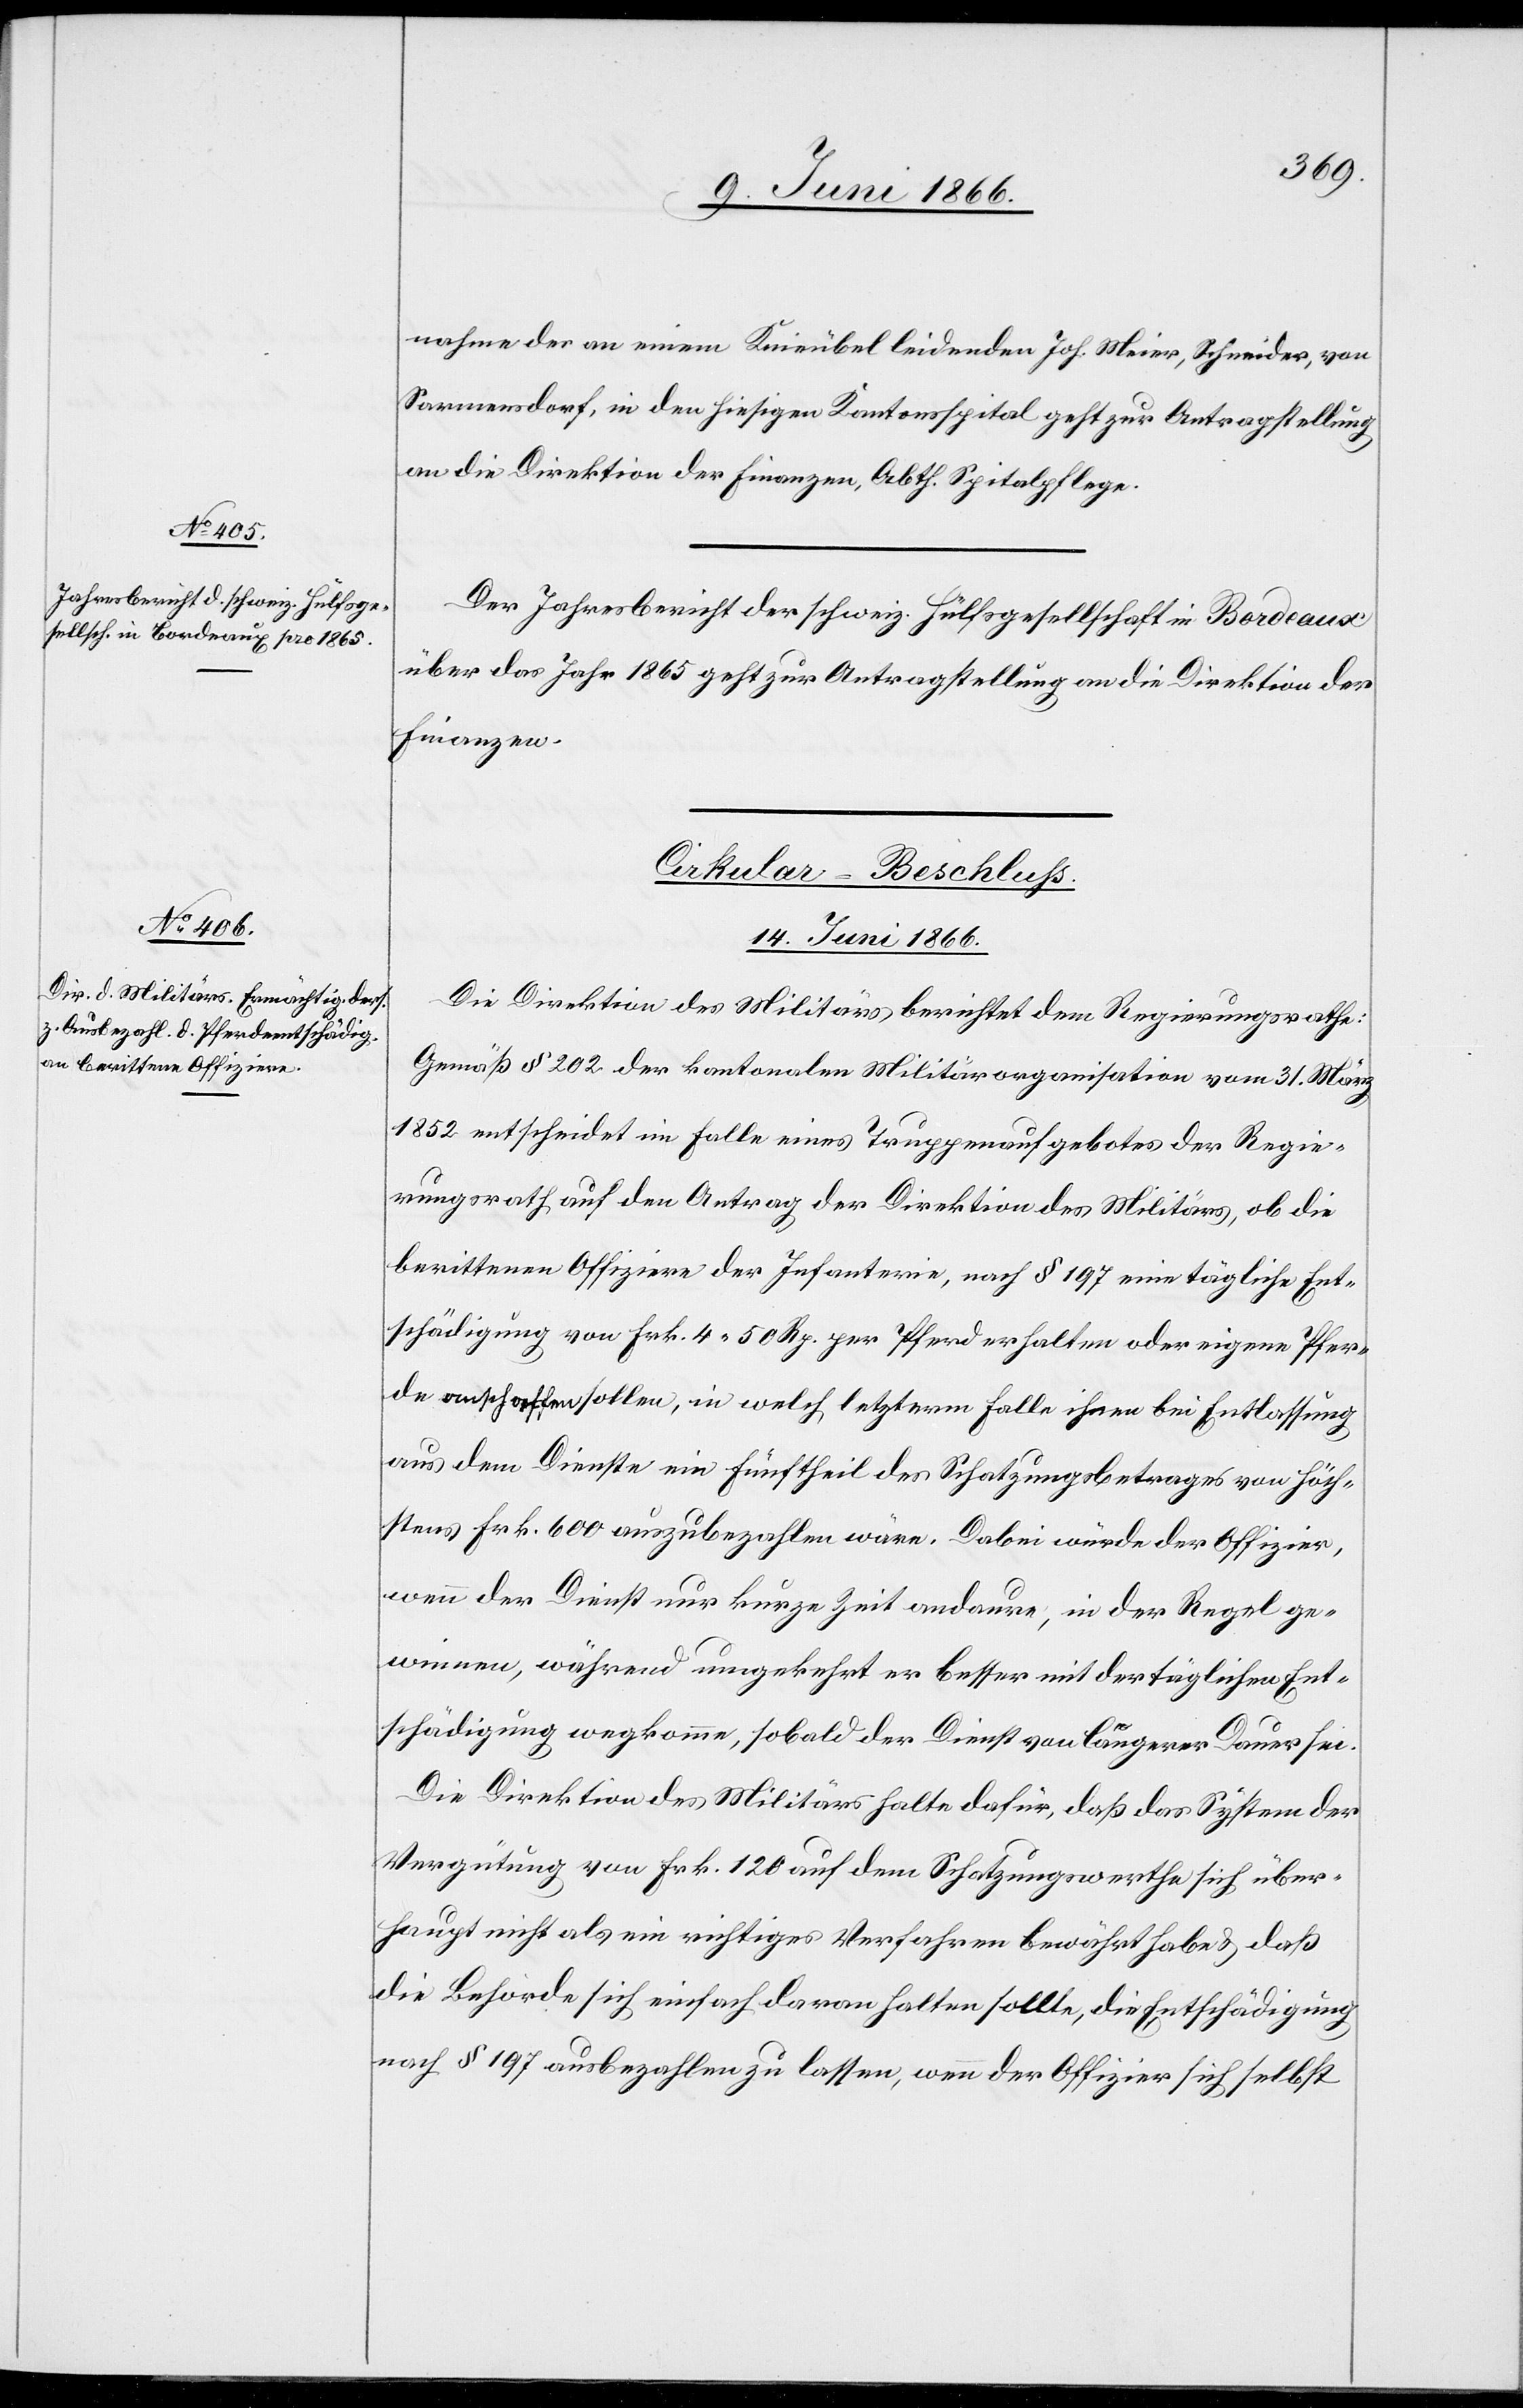
nahme der an einem Knieübel leidenden Joh. Meier, Schneider, von
Sarnensdorf, in den hiesigen Kantonsspital geht zur Antragstellung
an die Direktion der Finanzen, Abth. Spitalpflege.
Der Jahresbericht der schweiz. Hülfsgesellschaft in Bordeaux
über das Jahr 1865 geht zur Antragstellung an die Direktion der
Finanzen.
Cirkular-Beschluß.
14. Juni 1866.
Die Direktion des Militärs berichtet dem Regierungsrathe:
Gemäß § 202 der kantonalen Militärorganisation vom 31. März
1852 entscheidet im Falle eines Truppenaufgebotes der Regie¬
rungsrath auf den Antrag der Direktion des Militärs, ob die
berittenen Offiziere der Infanterie, nach § 197 eine tägliche Ent¬
schädigung von Frk. 4.50 Rp. per Pferd erhalten oder eigene Pfer¬
de ranschaffen sollen, in welche letzterm Falle ihnen bei Entlassung
aus dem Dienste ein Fünftheil des Schatzungsbetrages von höch¬
stens Frk. 600 auszubezahlen wäre. Dabei würde der Offizier,
wenn der Dienst nur kurze Zeit andaure, in der Regel ge¬
winnen, während umgekehrt er besser mit der täglichen Ent¬
schädigung wegkomme, sobald der Dienst von längerer Dauer sei.
Die Direktion des Militärs halte dafür, daß das System der
Vergütung von Frk. 120 auf dem Schatzungswerthe sich über¬
haupt nicht als ein richtiges Verfahren bewährt habe u. daß
die Behörde sich einfach daran halten sollte, die Entschädigung
nach § 197 ausbezahlen zu lassen, wenn der Offizier sich selbst